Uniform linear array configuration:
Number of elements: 8
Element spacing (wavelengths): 1
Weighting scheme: hann
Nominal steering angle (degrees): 60
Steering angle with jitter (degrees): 61.843
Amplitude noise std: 0.05
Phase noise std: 0.05

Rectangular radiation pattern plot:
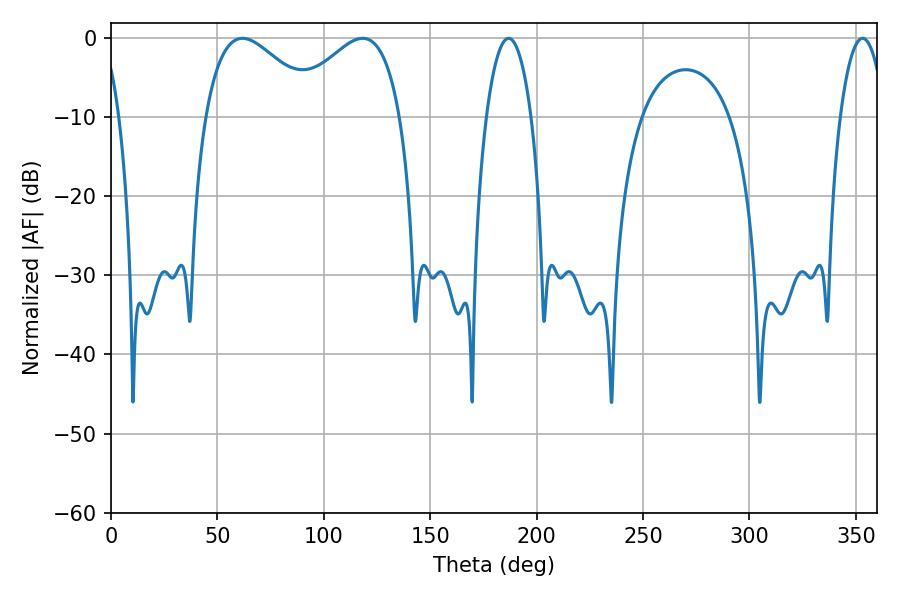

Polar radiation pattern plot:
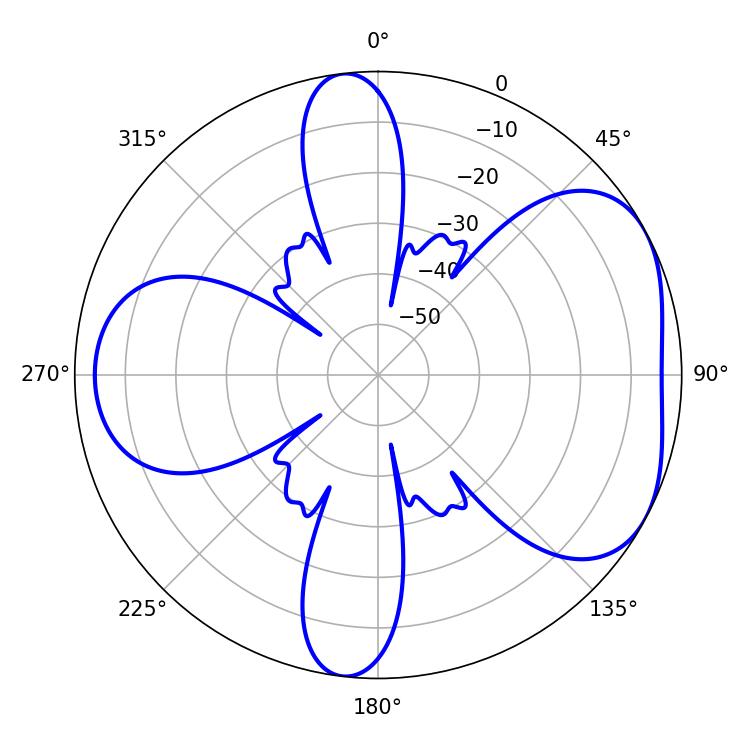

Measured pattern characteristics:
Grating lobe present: TRUE
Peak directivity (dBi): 4.855
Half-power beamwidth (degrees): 11.88
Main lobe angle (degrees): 353.16